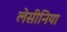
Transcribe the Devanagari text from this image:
लेसीनिया